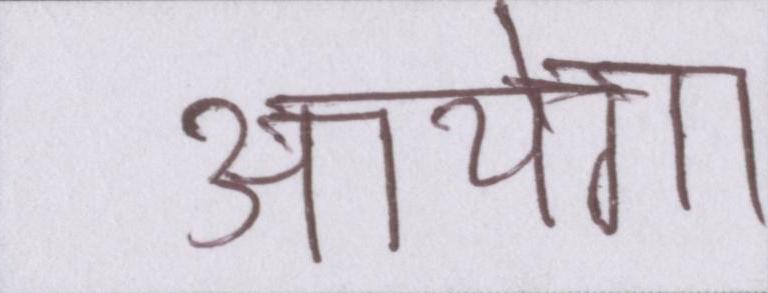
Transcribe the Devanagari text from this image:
आयेगा